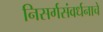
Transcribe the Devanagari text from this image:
निसर्गसंवर्धनाचे